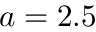
a = 2 . 5